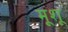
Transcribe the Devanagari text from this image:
मूशू